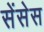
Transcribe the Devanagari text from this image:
सेंसेस